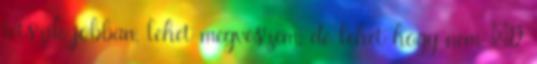
tetszik jobban, lehet megveszem, de lehet hogy nem :D